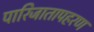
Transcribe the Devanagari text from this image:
पारिजातापहरण